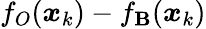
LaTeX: f_{O}(\boldsymbol{x}_{k})-f_{\mathbf{B}}(\boldsymbol{x}_{k})